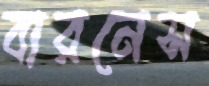
বারনেস